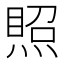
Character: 𰟉